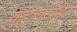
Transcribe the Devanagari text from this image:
कुटुंबासहित